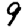
Digit: 9